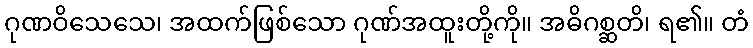
ဂုဏဝိသေသေ၊ အထက်ဖြစ်သော ဂုဏ်အထူးတို့ကို။ အဓိဂစ္ဆတိ၊ ရ၏။ တံ